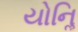
યોનિૢ